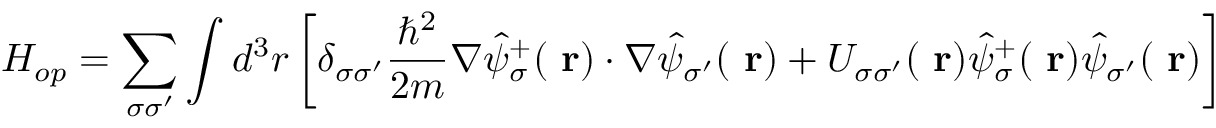
H _ { o p } = \sum _ { \sigma \sigma ^ { \prime } } \int d ^ { 3 } r \left[ \delta _ { \sigma \sigma ^ { \prime } } \frac { \hbar ^ { 2 } } { 2 m } \nabla \hat { \psi } _ { \sigma } ^ { + } ( \mathrm { \bf ~ r } ) \cdot \nabla \hat { \psi } _ { \sigma ^ { \prime } } ( \mathrm { \bf ~ r } ) + U _ { \sigma \sigma ^ { \prime } } ( \mathrm { \bf ~ r } ) \hat { \psi } _ { \sigma } ^ { + } ( \mathrm { \bf ~ r } ) \hat { \psi } _ { \sigma ^ { \prime } } ( \mathrm { \bf ~ r } ) \right]